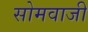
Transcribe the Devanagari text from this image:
सोमवाजी